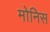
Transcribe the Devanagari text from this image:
मोनिस